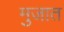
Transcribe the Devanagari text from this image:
मुजात